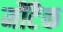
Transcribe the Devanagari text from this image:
मौंटैक